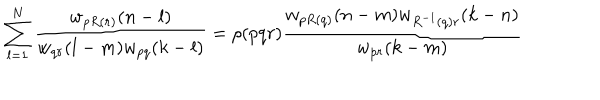
LaTeX: \sum _ { l = 1 } ^ { N } { \frac { w _ { p R ( r ) } ( n - l ) } { w _ { q r } ( l - m ) w _ { p q } ( k - l ) } } = \rho ( p q r ) { \frac { w _ { p R ( q ) } ( n - m ) w _ { R ^ { - 1 } ( q ) r } ( k - n ) } { w _ { p r } ( k - m ) } }